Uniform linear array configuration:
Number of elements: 24
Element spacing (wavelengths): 0.75
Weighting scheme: kaiser
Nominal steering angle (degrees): -60
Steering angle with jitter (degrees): -60.597
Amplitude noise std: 0.05
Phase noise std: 0.05

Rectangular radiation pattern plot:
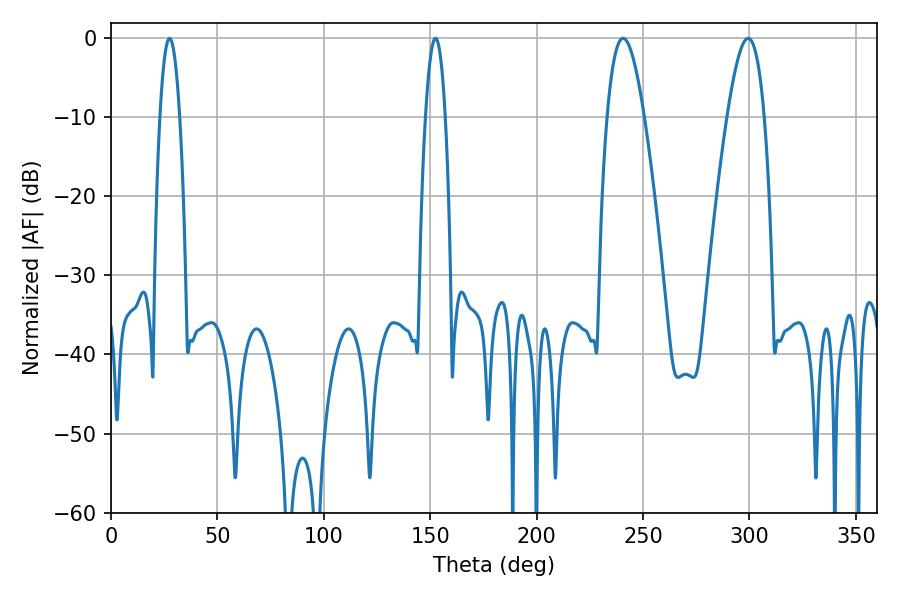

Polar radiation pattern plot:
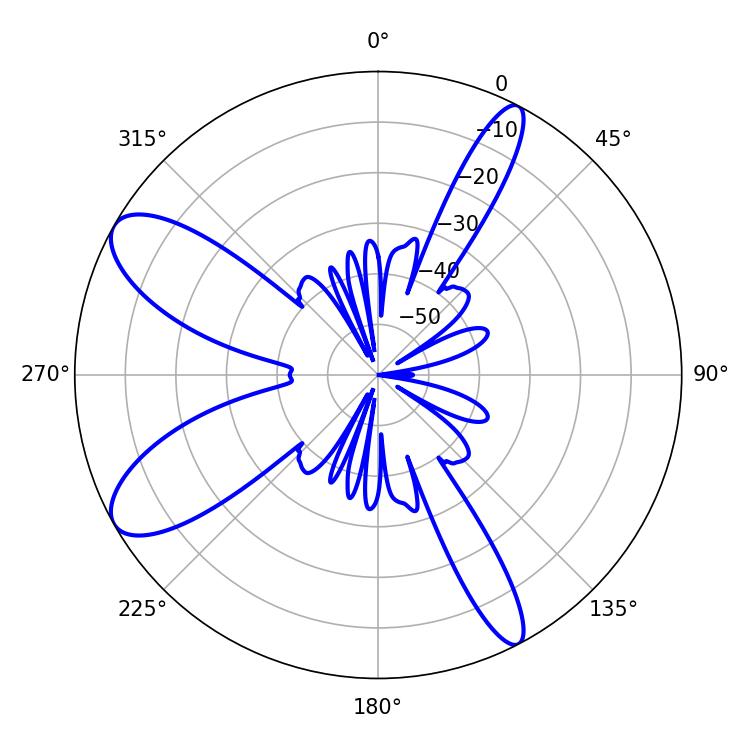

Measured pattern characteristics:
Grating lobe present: TRUE
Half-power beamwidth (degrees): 9.54
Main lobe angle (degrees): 240.66